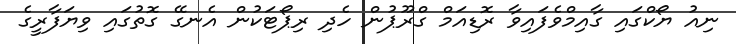
ނިއު ޔޯކްގައި ގާއިމްވެފައިވާ ރޮޑިއަމް ގްރޫޕުން ހެދި ރިޕޯޓަކުން އެނގޭ ގޮތުގައި ވިޔަފާރީގެ